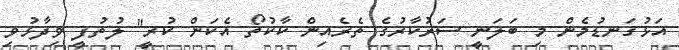
އަޅުގަނޑުމެން މި ބަލަނީ ސަރުކާރުގެ ތެރެއިން ކާކުތޯ އެކަން ކުރީ" ލުތުފީ ވިދާޅުވި